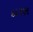
દારૂણ